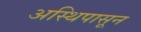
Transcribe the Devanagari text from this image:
अस्थिपासून